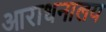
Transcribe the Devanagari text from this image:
आराधनालय